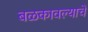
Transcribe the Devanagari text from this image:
बळकावल्याचे